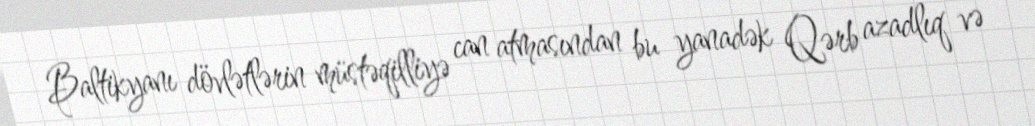
Baltikyanı dövlətlərin müstəqilliyə can atmasından bu yanadək Qərb azadlıq və